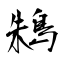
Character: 鴸